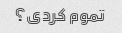
تموم کردی؟